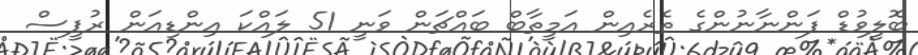
ބޮލީވުޑް ފަންނާނުންގެ ތެރެއިން އަމީތާބް ބައްޗަން ވަނީ 51 ލައްކަ އިންޑިއަން ރުޕީސް